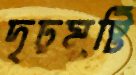
দৃঢ়মুষ্টি